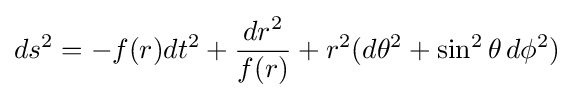
ds^{2}=-f(r)dt^{2}+{dr^{2} \over f(r)}+r^{2}(d\theta ^{2}+\sin ^{2}\theta \,d\phi ^{2})